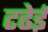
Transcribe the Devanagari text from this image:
टढेई